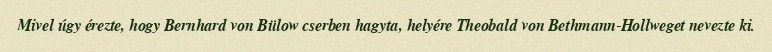
Mivel úgy érezte, hogy Bernhard von Bülow cserben hagyta, helyére Theobald von Bethmann-Hollweget nevezte ki.